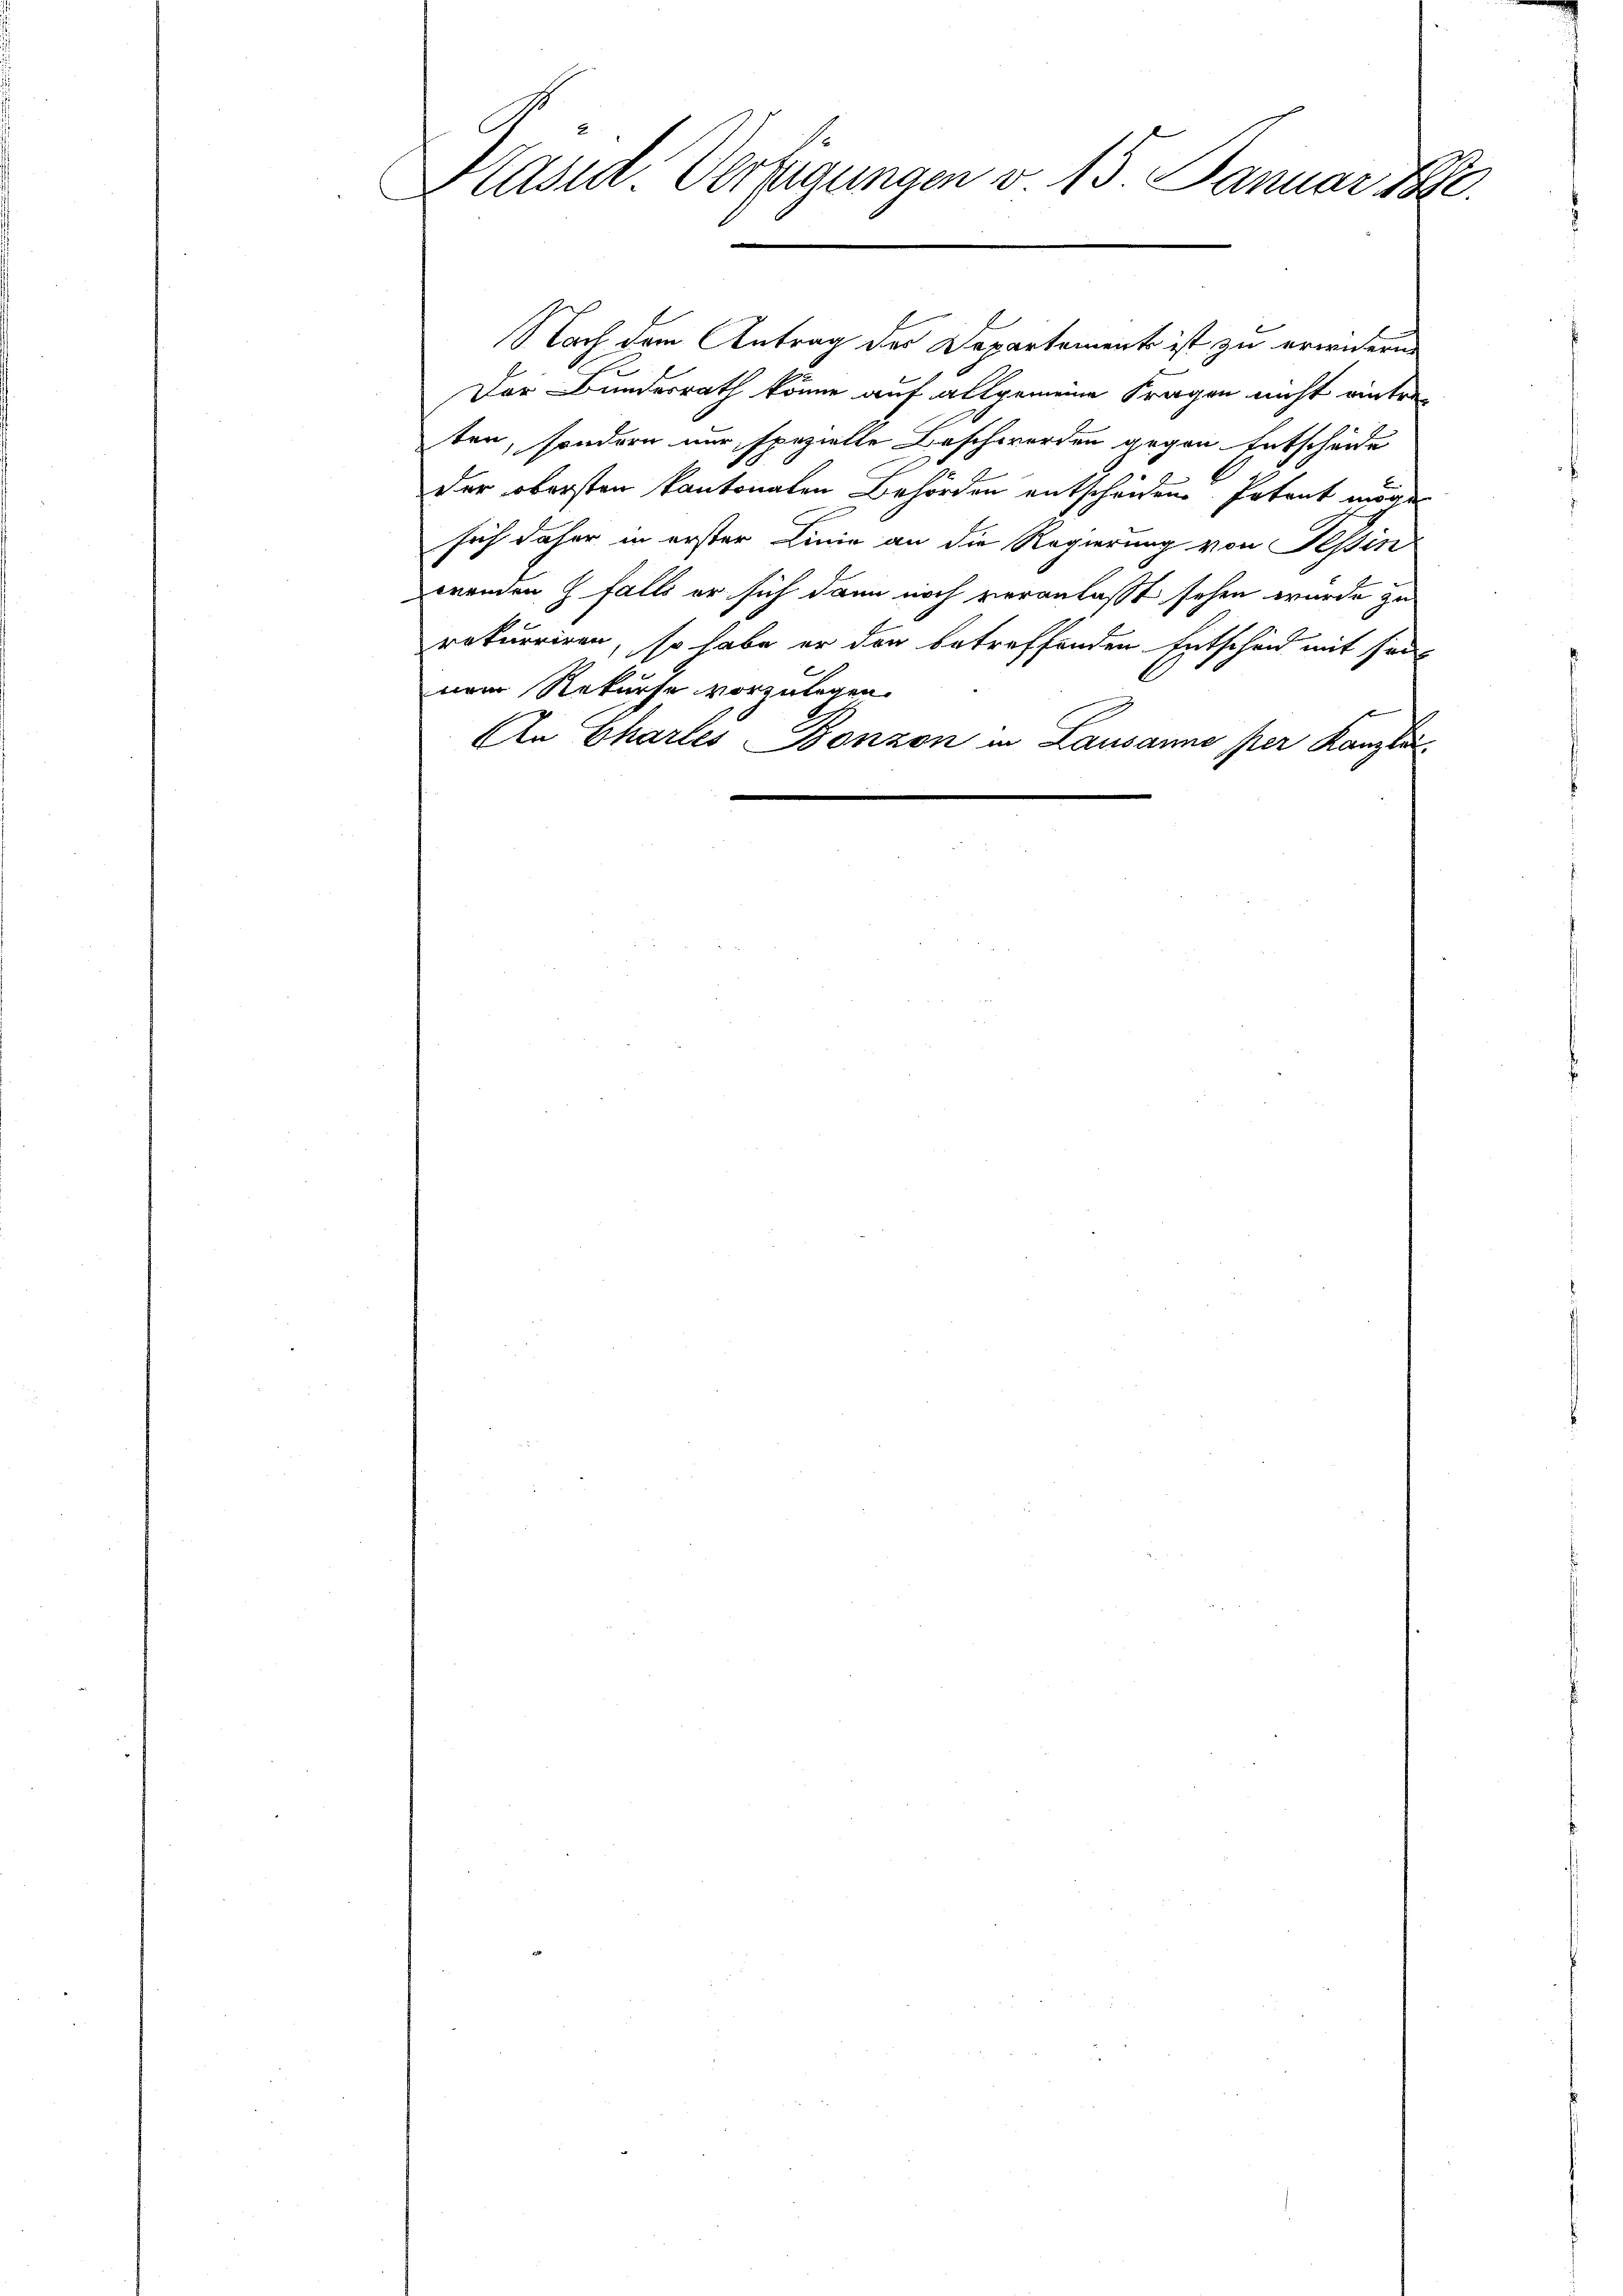
Präsid. Verfügungen v. 15. Januar 1890.

Nach dem Antrag des Departement ist zu erwidern
Der Bundesrath könne auf allgemeine Fragen nicht eintreten, sondern nur spezielle Beschwerden gegen Entscheide
der obersten kantonalen Behörden entscheiden Petent mögen
sich daher in erster Linie an die Regierung von Tessin
wrenden falls er sich dann noch veranlaßt sehen wurde zu
rekurriren, so habe er den betreffenden Entscheid mit sonnem Rekurse vorzulegen.
An Chartes Bonzon in Lausanne per Kanzle
e